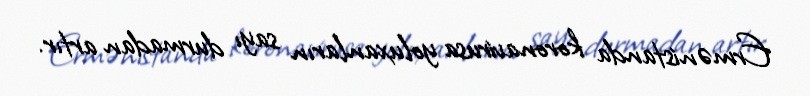
Ermənistanda koronavirusa yoluxanların sayı durmadan artır.